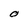
Character: 0